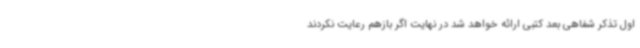
اول تذکر شفاهی بعد کتبی ارائه خواهد شد در نهایت اگر بازهم رعایت نکردند